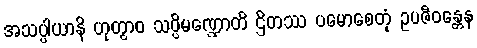
အသပ္ပါယာနိ ဟုတွာဝ သပ္ပိမဏ္ဍောတိ ဌိတဿ ပမောစေတုံ ဥပဇီဝန္တေန